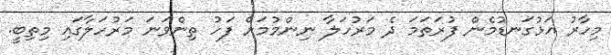
މިހާރު އަޅުގަނޑުމެން ފުރަތަމަ ދެ މަރުހަލާ ނިންމުމަށް ފަހު ތިންވަނަ މަރުހަލާގައި މިތިބީ.